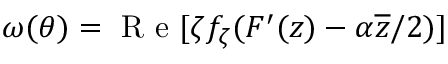
\omega ( \theta ) = \mathrm { ~ R ~ e ~ } [ \zeta f _ { \zeta } ( F ^ { \prime } ( z ) - \alpha \overline { { z } } / 2 ) ]